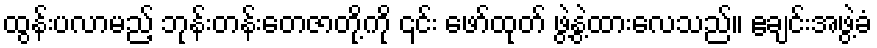
ထွန်းပလာမည့် ဘုန်းတန်းတေဇာတို့ကို ၎င်း ဖော်ထုတ် ဖွဲ့နွဲ့ထားလေသည်။ ဧချင်းအဖွဲ့ခံ